Civil Veterinary Dept. North-West Frontier Province 1901-22 - 1901-1922
Year: 1901
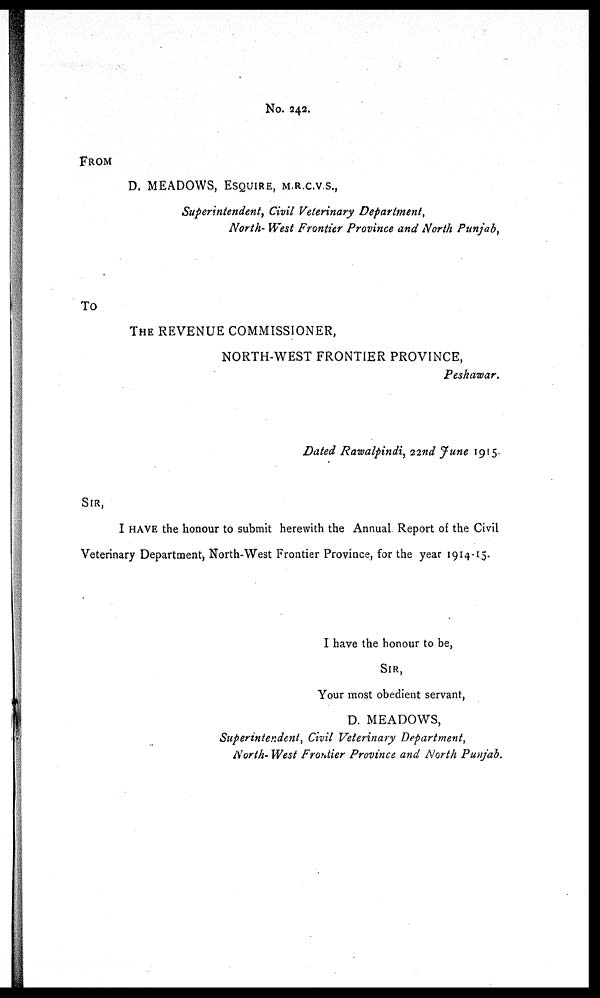
No. 242.
FROM
D. MEADOWS, ESQUIRE, M.R.C.V.S.,
Superintendent, Civil Veterinary Department,
North- West Frontier Province and North Punjab,
TO
THE REVENUE COMMISSIONER,
NORTH-WEST FRONTIER PROVINCE,
Peshawar.
Dated Rawalpindi, 22nd June 1915.
SIR,
I HAVE the honour to submit herewith the Annual Report of the Civil
Veterinary Department, North-West Frontier Province, for the year 1914-15.
I have the honour to be,
SIR,
Your most obedient servant,
D. MEADOWS,
Superintendent, Civil Veterinary Department,
North- West Frontier Province and North Punjab.